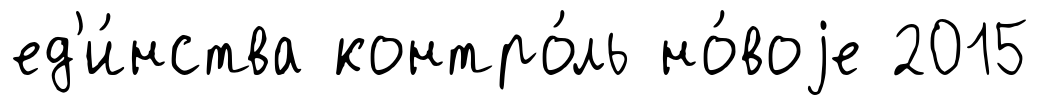
ед'и́нства контро́ль но́воjе 2015